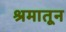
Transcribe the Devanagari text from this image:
श्रमातून